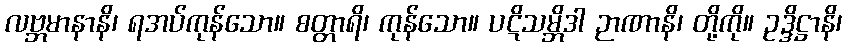
လဗ္ဘမာနာနိ၊ ရအပ်ကုန်သော။ စတ္တာရိ၊ ကုန်သော။ ပဋိသမ္ဘိဒါ ဉာဏာနိ၊ တို့ကို။ ဥဒ္ဒိဋ္ဌာနိ၊